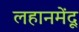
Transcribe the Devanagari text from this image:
लहानमेंदू